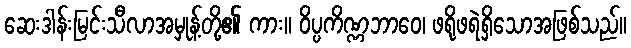
ဆေးဒါန်းမြင်းသီလာအမှုန့်တို့၏ ကား။ ဝိပ္ပကိဏ္ဏဘာဝေ၊ ဖရိုဖရဲရှိသောအဖြစ်သည်။